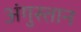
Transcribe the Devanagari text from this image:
अंगुस्तान